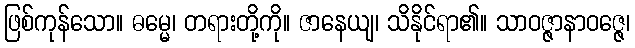
ဖြစ်ကုန်သော။ ဓမ္မေ၊ တရားတို့ကို။ ဇာနေယျ၊ သိနိုင်ရာ၏။ သာဝဇ္ဇာနာဝဇ္ဇေ၊